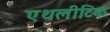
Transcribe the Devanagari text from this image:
एथलीटिक